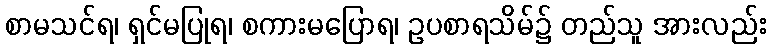
စာမသင်ရ၊ ရှင်မပြုရ၊ စကားမပြောရ၊ ဥပစာရသိမ်၌ တည်သူ အားလည်း